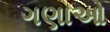
ગણાઓ